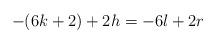
LaTeX: \begin{align*}- (6k+2) + 2 h = - 6 l + 2 r\end{align*}